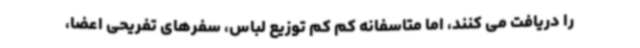
را دریافت می کنند، اما متاسفانه کم کم توزیع لباس، سفرهای تفریحی اعضا،